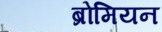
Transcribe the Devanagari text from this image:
ब्रोमियन